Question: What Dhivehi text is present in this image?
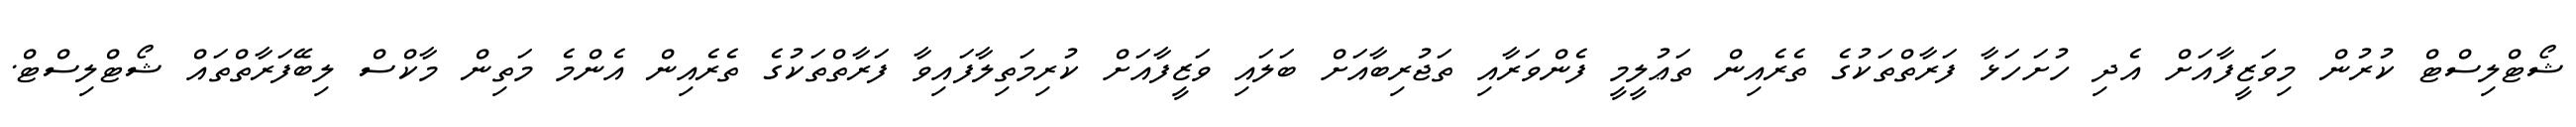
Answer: ޝޯޓްލިސްޓް ކުރުން މިވަޒީފާއަށް އެދި ހުށަހަޅާ ފަރާތްތަކުގެ ތެރެއިން ތަޢުލީމީ ފެންވަރާއި ތަޖުރިބާއަށް ބަލައި ވަޒީފާއަށް ކުރިމަތިލާފައިވާ ފަރާތްތަކުގެ ތެރެއިން އެންމެ މަތިން މާކްސް ލިބޭފަރާތްތައް ޝޯޓްލިސްޓް.